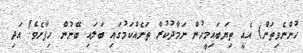
ހުންނެވިތަން) އެއީ ތިޔަބައިމީހުން ނަމާދުކުރާ ތަނެއްކަމުގައި ބަލައި ބޭނުން ހިފާށެވެ! އަދި